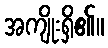
အကျိုးရှိ၏။